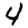
Digit: 4